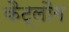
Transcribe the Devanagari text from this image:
कैट्लौग